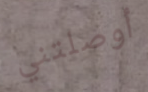
أوصلتني